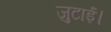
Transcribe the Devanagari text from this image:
जुटाईं।